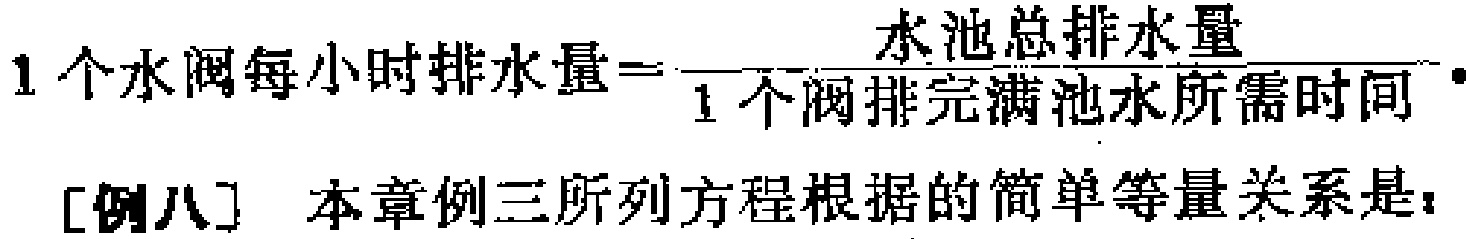
$1个水阀每小时排水量=\frac{水池总排水量}{1个阀排完满池水所需时间}.$

[例八] 本章例三所列方程根据的简单等量关系是：